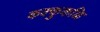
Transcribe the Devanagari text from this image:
कक्कुकळि